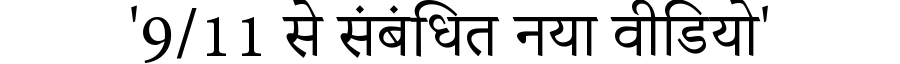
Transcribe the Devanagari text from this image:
'9/11 से संबंधित नया वीडियो'